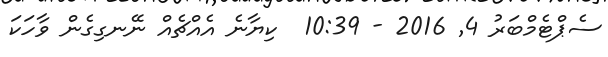
ސެޕްޓެމްބަރު 4